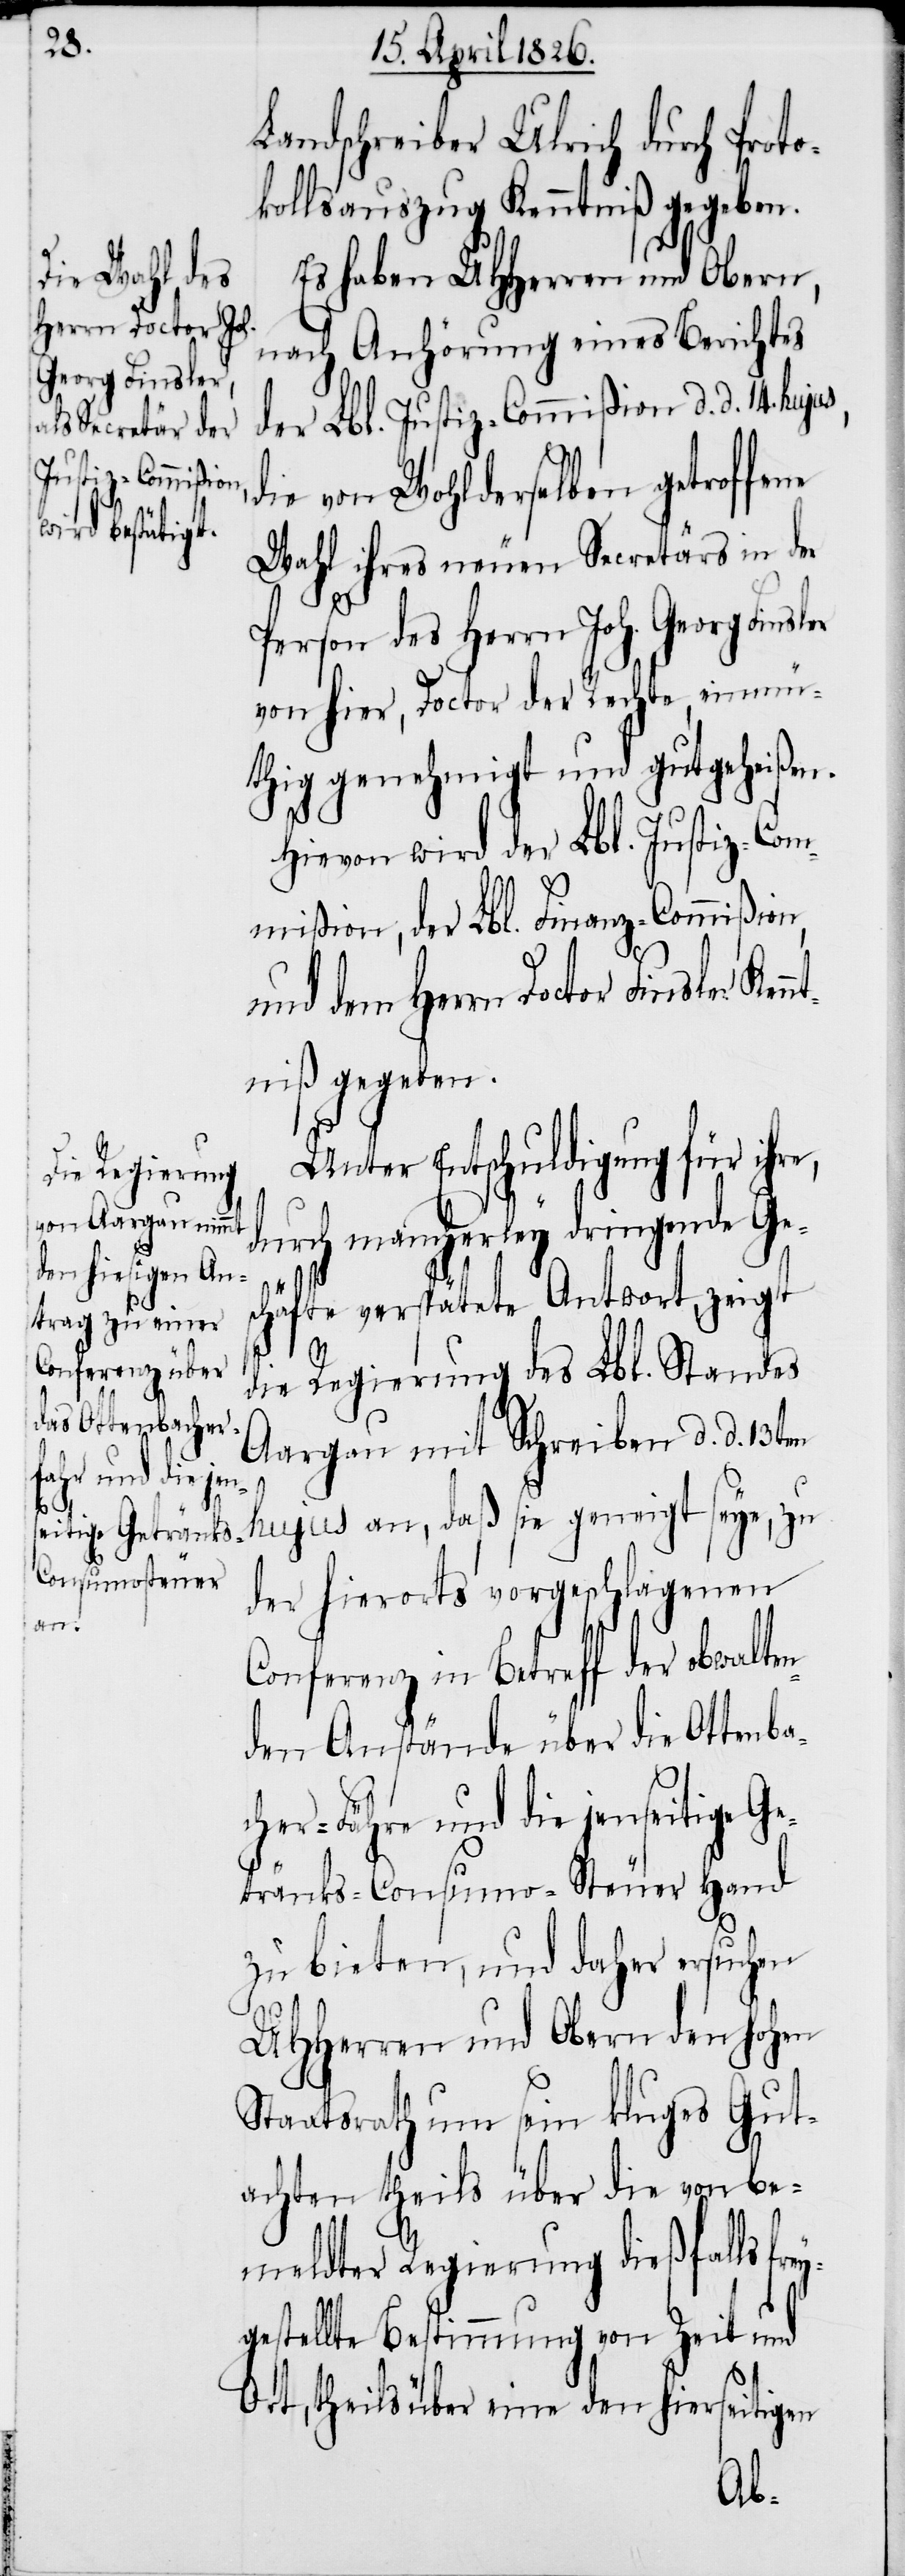
ey¬
Kenn¬

Landschreiber Ulrich durch Proto¬
kollsauszug Kenntniß gegeben.
Es haben UHHerren und Obern,
nach Anhörung eines Berichtes
der Lbl. Justiz-Commißion d. d. 14.
die von Wohlderselben getroffene
Wahl ihres neuen Secretärs in der
Person des Herrn Joh. Georg Fin¬
von hier, Doctor der Rechte, einmü¬
thig genehmigt und gutgeheißen.
Hievon wird der Lbl. Justiz-Com¬
mißion, der Lbl. Finanz-Commißion
und dem Herrn Doctor Finsler
tniß gegeben.
Unter Entschuldigung für ihr¬
durch mancherley dringende Ge¬
schäfte verspätete Antwort, zeigt
e,
die Regierung des Lbl. Standes
Aargau mit Schreiben d. d. 13ten
hujus an, daß sie geneigt seye, zu
der hierorts vorgeschlagenen
Conferenz in Betreff der obwalte¬
nden Anstände über die Ottenbac¬
her-Fähre und die jenseitige Ge¬
tränks-Consumo-Steuer Hand
zu bieten, und daher ersuchen
UHHerren und Obern den hohen
Staatsrath um sein kluges Gut¬
achten theils über die von be¬
meldter Regierung dießfalls fr¬
gestellte Bestimmung von Zeit und
Ort, theils über eine den hierseitigen